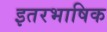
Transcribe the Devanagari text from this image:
इतरभाषिक